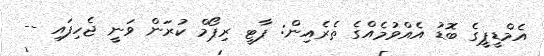
އެމްޑީޕީގެ ބޮޑު އެއްވުމެއްގެ ތެރެއިން: ޕާޓީ ރިޕޯމް ކުރަން ވަނީ ޖެހިފައި --